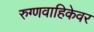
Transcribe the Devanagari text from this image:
रुग्णवाहिकेवर